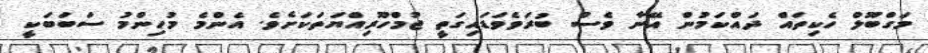
މަގްބޫލް ހެކިތައް ދައްކަމުން އޭނާ ވެސް ބުރަވެވަޑައިގަތީ ޖުމްހޫރިއްޔަތަކަށެވެ. އެންމެ މުހިންމު ސަބަބަކީ